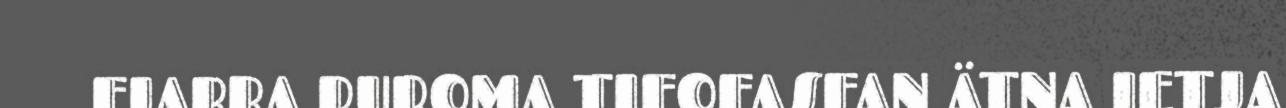
FJABBA RUROMA TIFOFASFAN ÄTNA IETJA